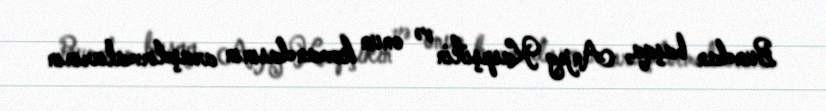
Bundan başqa, Anjey Kaspşikin və onun komandasının araşdırmalarının